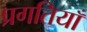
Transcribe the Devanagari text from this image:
प्रगतियाँ